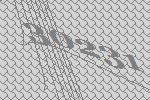
30231